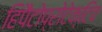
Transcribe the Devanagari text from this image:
हिपैटोप्रोटेक्टिव